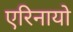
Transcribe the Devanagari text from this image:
एरिनायो